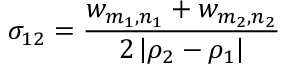
\sigma _ { 1 2 } = \frac { w _ { m _ { 1 } , n _ { 1 } } + w _ { m _ { 2 } , n _ { 2 } } } { 2 \left| \rho _ { 2 } - \rho _ { 1 } \right| }